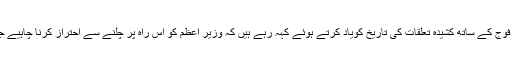
کچھ ماہرین ماضی میں نواز شریف کے فوج کے ساتھ کشیدہ تعلقات کی تاریخ کویاد کرتے ہوئے کہہ رہے ہیں کہ وزیرِ اعظم کو اس راہ پر چلنے سے احتراز کرنا چاہیے جو جی ایچ کیو کے اشتعال کا باعث بنے۔